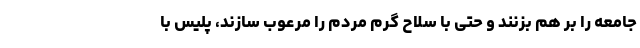
جامعه را بر هم بزنند و حتی با سلاح گرم مردم را مرعوب سازند، پلیس با